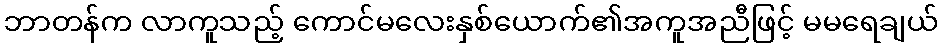
ဘာတန်က လာကူသည့် ကောင်မလေးနှစ်ယောက်၏အကူအညီဖြင့် မမရေချယ်